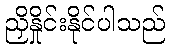
ညှိနှိုင်းနိုင်ပါသည်